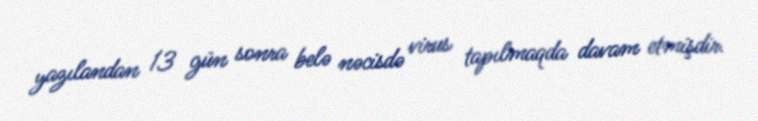
yazılandan 13 gün sonra belə nəcisdə virus tapılmaqda davam etmişdir.